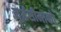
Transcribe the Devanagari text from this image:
मूर्द्धसीमाको